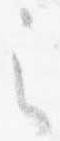
之